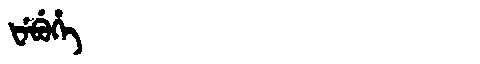
Manchu: ᡶᡝᠪᡠᡥᡝ
Romanization: FEBUHE